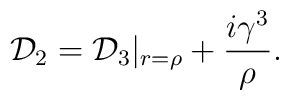
{\cal D}_2={\cal D}_3|_{r={\rho}}+\frac{i{\gamma}^3}{\rho}.